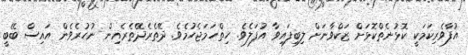
އުފާވެރިކަމަކީ ކޮޅުނެތްކޮޅަށް ޒަކްވާނަށް ލިބިފައިވާ އުފަލެވެ. ހިތްހަމަޖެހުމެވެ. ދޭތެރެދޭތެރެއިން ނުހުރެވެން އައިސް ބޭބީ